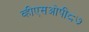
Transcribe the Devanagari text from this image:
व्हीएसओपी८७